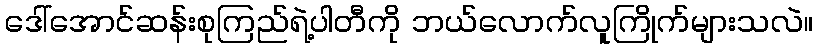
ဒေါ်အောင်ဆန်းစုကြည်ရဲ့ပါတီကို ဘယ်လောက်လူကြိုက်များသလဲ။